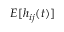
E [ h _ { i j } ( t ) ]